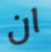
ان